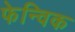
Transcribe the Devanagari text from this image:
फेन्विक